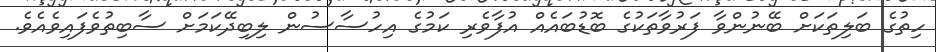
ހިތުގެ ބަލިތަކަށް ބޭނުންވާ ފަރުވާތަކުގެ ބޮޑުބައެއް އުފާވެރި ކަމުގެ އިހުސާސުން ލިބިދޭކަމަށް ސާބިތުވެފައިވެއެވެ.